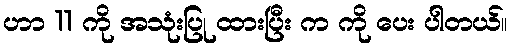
ဟာ 11 ကို အသုံးပြု ထားပြီး က ကို ပေး ပါတယ်။